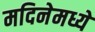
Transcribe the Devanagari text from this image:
मदिनेमध्ये